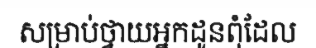
សម្រាប់ថ្វាយអ្នកដូនពុំដែល